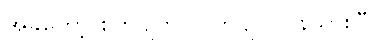
အခုတော့ စိတ်ပျက် လက်ပျက်ပြန်သွားပြီ။